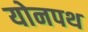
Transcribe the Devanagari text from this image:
योनपथ